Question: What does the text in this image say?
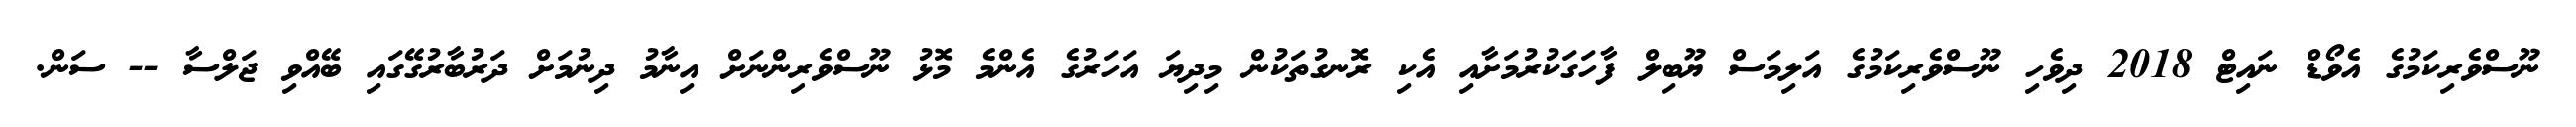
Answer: ނޫސްވެރިކަމުގެ އެވޯޑް ނައިޓް 2018 ދިވެހި ނޫސްވެރިކަމުގެ އަލިމަސް ޔޫބިލް ފާހަގަކުރުމަށާއި އެކި ރޮނގުތަކުން މިދިޔަ އަހަރުގެ އެންމެ މޮޅު ނޫސްވެރިންނަށް އިނާމު ދިނުމަށް ދަރުބާރުގޭގައި ބޭއްވި ޖަލްސާ -- ސަން.